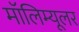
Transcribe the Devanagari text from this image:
मॉलिम्यूलर